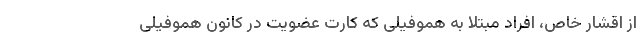
از اقشار خاص، افراد مبتلا به هموفیلی که کارت عضویت در کانون هموفیلی